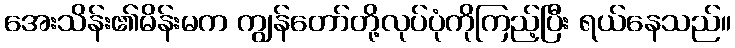
အေးသိန်း၏မိန်းမက ကျွန်တော်တို့လုပ်ပုံကိုကြည့်ပြီး ရယ်နေသည်။